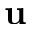
\mathbf { u }